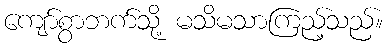
ကျော်စွာဘက်သို့ မသိမသာကြည့်သည်။